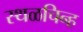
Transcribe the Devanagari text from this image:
स्थळचिन्ह